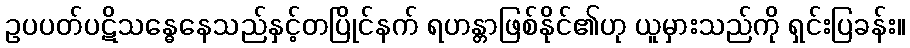
ဥပပတ်ပဋိသန္ဓေနေသည်နှင့်တပြိုင်နက် ရဟန္တာဖြစ်နိုင်၏ဟု ယူမှားသည်ကို ရှင်းပြခန်း။